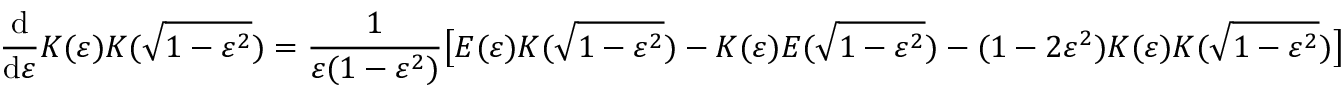
{ \frac { \mathrm { d } } { \mathrm { d } \varepsilon } } K ( \varepsilon ) K ( { \sqrt { 1 - \varepsilon ^ { 2 } } } ) = { \frac { 1 } { \varepsilon ( 1 - \varepsilon ^ { 2 } ) } } { \bigl [ } E ( \varepsilon ) K ( { \sqrt { 1 - \varepsilon ^ { 2 } } } ) - K ( \varepsilon ) E ( { \sqrt { 1 - \varepsilon ^ { 2 } } } ) - ( 1 - 2 \varepsilon ^ { 2 } ) K ( \varepsilon ) K ( { \sqrt { 1 - \varepsilon ^ { 2 } } } ) { \bigr ] }